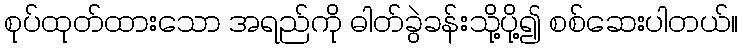
စုပ်ထုတ်ထားသော အရည်ကို ဓါတ်ခွဲခန်းသို့ပို့၍ စစ်ဆေးပါတယ်။